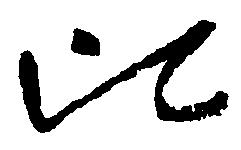
比